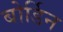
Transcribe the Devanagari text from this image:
बोर्डिन